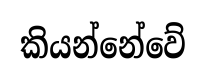
කියන්නේවේ